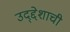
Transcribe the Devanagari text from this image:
उद्द्देशाची